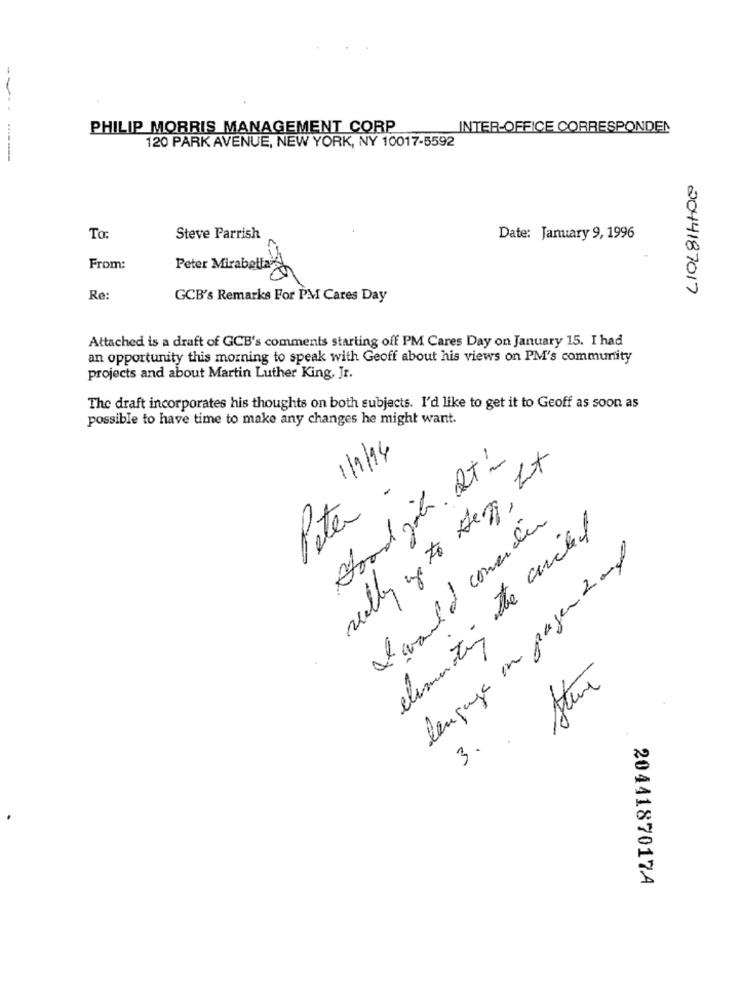
PHILIP MORRIS MANAGEMENT CORP
INTER-OFFICE CORRESPONDEN
120 PARK AVENUE, NEW YORK, NY 10017-5592
LIOL814H00
To:
Steve Parrish
Date: January 9, 1996
From:
Peter Mirabe
Re:
GCB's Remarks For PM Cares Day
Attached is a draft of GCB's comments starting off PM Cares Day on January 15. I had
an opportunity this morning to speak with Geoff about his views on PM's community
projects and about Martin Luther King, Jr.
The draft incorporates his thoughts on both subjects. I'd like to get it to Geoff as soon as
possible to have time to make any changes he might want.
Good job. It-
1/1/14
Peter -
valley up to Gen,
I would comercio
climentin the circlel
language on pagen 2and
Steve
3.
2044187017A